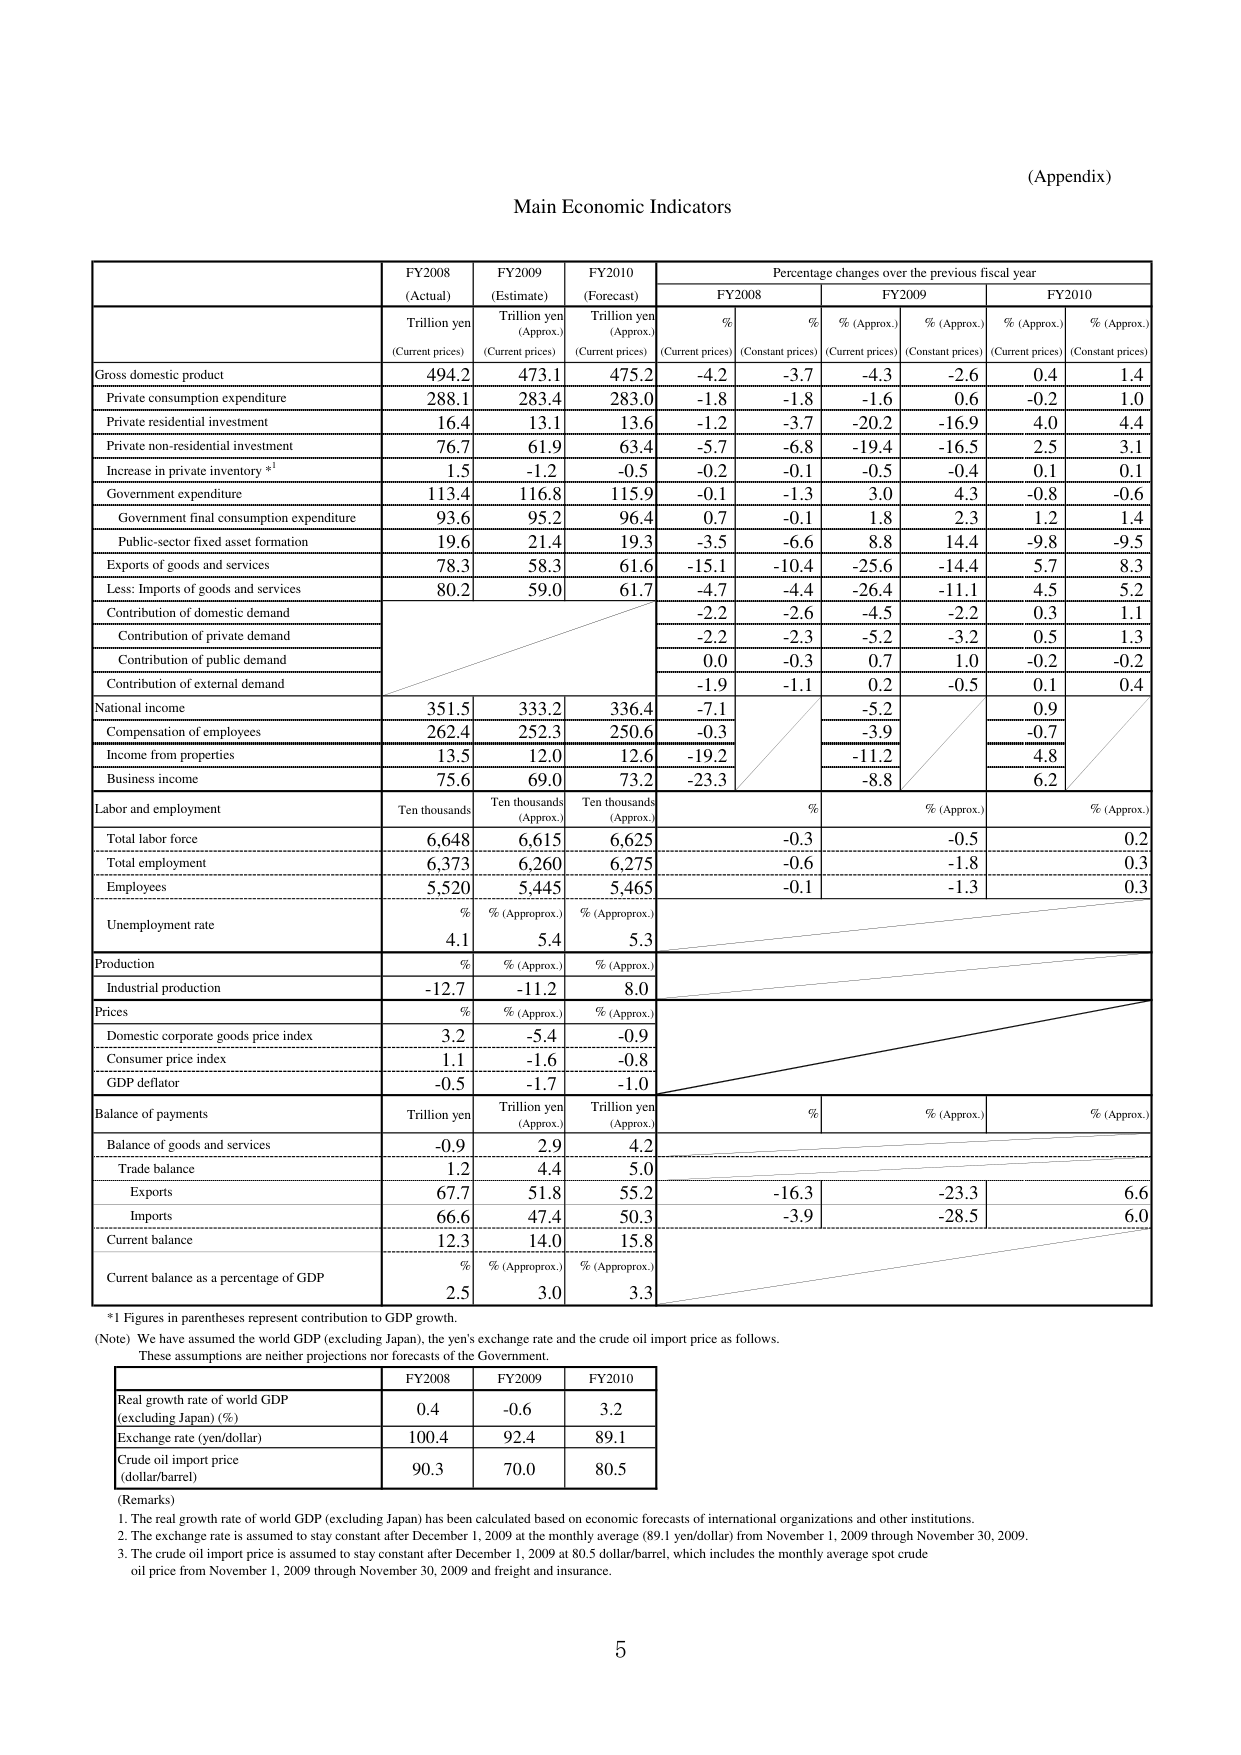
(Appendix)

Main Economic Indicators

FY2008 FY2009 FY2010 Percentage changes over the previous fiscal year
(Actual) (Estimate) (Forecast)
Trillion yen Trillion yen Trillion yen % % % (Approx.) % (Approx.) % (Approx.) % (Approx.)
(Current prices) (Current prices) (Current prices) (Current prices) (Constant prices) (Current prices) (Constant prices) (Current prices) (Constant prices)

Gross domestic product 494.2 473.1 475.2 -4.2 -3.7 -4.3 -2.6 0.4 1.4
Private consumption expenditure 288.1 283.4 283.0 -1.8 -1.8 -1.6 0.6 -0.2 1.0
Private residential investment 16.4 13.1 13.6 -1.2 -3.7 -20.2 -16.9 4.0 4.4
Private non-residential investment 76.7 61.9 63.4 -5.7 -6.8 -19.4 -16.5 2.5 3.1
Increase in private inventory *1 1.5 -1.2 -0.5 -0.2 -0.1 -0.5 -0.4 0.1 0.1
Government expenditure 113.4 116.8 115.9 -0.1 -1.3 3.0 4.3 -0.8 -0.6
Government final consumption expenditure 93.6 95.2 96.4 0.7 -0.1 1.8 2.3 1.2 1.4
Public-sector fixed asset formation 19.6 21.4 19.3 -3.5 -6.6 8.8 14.4 -9.8 -9.5
Exports of goods and services 78.3 58.3 61.6 -15.1 -10.4 -25.6 -14.4 5.7 8.3
Less: Imports of goods and services 80.2 59.0 61.7 -4.7 -4.4 -26.4 -11.1 4.5 5.2
Contribution of domestic demand -2.2 -2.6 -4.5 -2.2 0.3 1.1
Contribution of private demand -2.2 -2.3 -5.2 -3.2 0.5 1.3
Contribution of public demand 0.0 -0.3 0.7 1.0 -0.2 -0.2
Contribution of external demand -1.9 -1.1 0.2 -0.5 0.1 0.4
National income 351.5 333.2 336.4 -7.1 -5.2 0.9
Compensation of employees 262.4 252.3 250.6 -0.3 -3.9 -0.7
Income from properties 13.5 12.0 12.6 -19.2 -11.2 4.8
Business income 75.6 69.0 73.2 -23.3 -8.8 6.2

Labor and employment Ten thousands Ten thousands Ten thousands % % (Approx.) % (Approx.)
(Approx.) (Approx.)
Total labor force 6,648 6,615 6,625 -0.3 -0.5 0.2
Total employment 6,373 6,260 6,275 -0.6 -1.8 0.3
Employees 5,520 5,445 5,465 -0.1 -1.3 0.3
Unemployment rate % % (Approx.) % (Approx.)
4.1 5.4 5.3

Production % % (Approx.) % (Approx.)
Industrial production -12.7 -11.2 8.0

Prices % % (Approx.) % (Approx.)
Domestic corporate goods price index 3.2 -5.4 -0.9
Consumer price index 1.1 -1.6 -0.8
GDP deflator -0.5 -1.7 -1.0

Balance of payments Trillion yen Trillion yen Trillion yen % % (Approx.) % (Approx.)
(Approx.) (Approx.)
Balance of goods and services -0.9 2.9 4.2
Trade balance 1.2 4.4 5.0
Exports 67.7 51.8 55.2 -16.3 -23.3 6.6
Imports 66.6 47.4 50.3 -3.9 -28.5 6.0
Current balance 12.3 14.0 15.8
Current balance as a percentage of GDP % % (Approx.) % (Approx.)
2.5 3.0 3.3

*1 Figures in parentheses represent contribution to GDP growth.
(Note) We have assumed the world GDP (excluding Japan), the yen's exchange rate and the crude oil import price as follows.
These assumptions are neither projections nor forecasts of the Government.

Real growth rate of world GDP FY2008 FY2009 FY2010
(excluding Japan) (%) 0.4 -0.6 3.2
Exchange rate (yen/dollar) 100.4 92.4 89.1
Crude oil import price (dollar/barrel) 90.3 70.0 80.5

(Remarks)
1. The real growth rate of world GDP (excluding Japan) has been calculated based on economic forecasts of international organizations and other institutions.
2. The exchange rate is assumed to stay constant after December 1, 2009 at the monthly average (89.1 yen/dollar) from November 1, 2009 through November 30, 2009.
3. The crude oil import price is assumed to stay constant after December 1, 2009 at 80.5 dollar/barrel, which includes the monthly average spot crude oil price from November 1, 2009 through November 30, 2009 and freight and insurance.

5